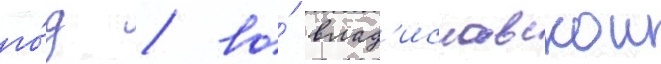
го́д / во́ влад'иславскои